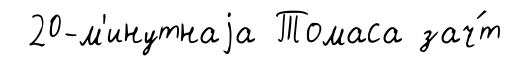
20-м'инутнаjа Томаса зач́т